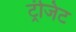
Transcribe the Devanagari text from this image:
ट्रंजिट